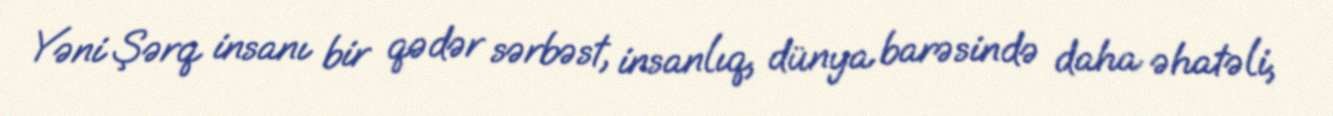
Yəni Şərq insanı bir qədər sərbəst, insanlıq, dünya barəsində daha əhatəli,